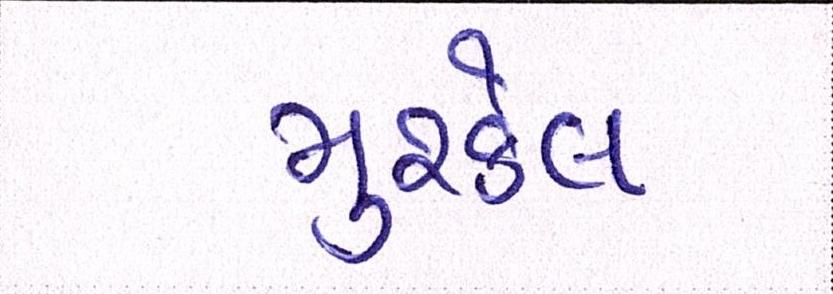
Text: મુશ્કેલ